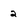
Character: 2